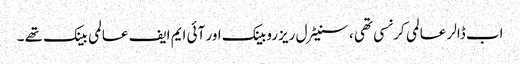
اب ڈالر عالمی کرنسی تھی ، سنیٹرل ریزروبینک اور آئی ایم ایف عالمی بینک تھے ۔